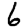
Digit: 6